Report on vaccination in the Province of Bengal - 1869-1873
Year: 1869
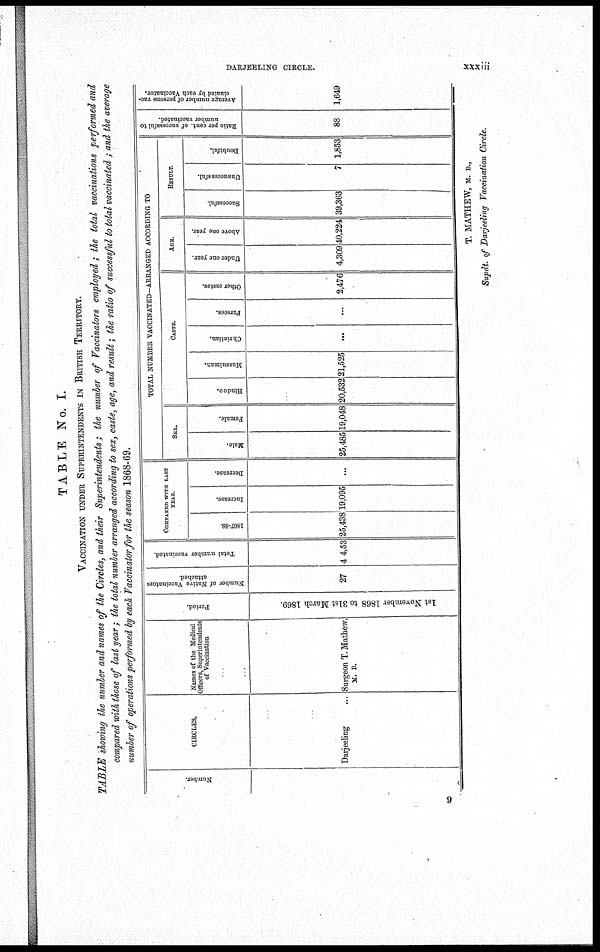
DARJEELING CIRCLE.
xxxiii
TABLE No. I.
VACCINATION UNDER SUPERINTENDENTS IN BRITISH TERRITORY.
TABLE showing the number and names of the Circles, and their Superintendents; the number of Vaccinators employed; the total vaccinations performed and
compared with those of last year ; the total number arranged according to sex, caste, age, and result; the ratio of successful to total vaccinated ; and the average
number of operations performed by each Vaccinator for the season 1868-69.
Number.
CIRCLES.
Darjeeling ...
Names of the Medical
Officers, Superintendents
of Vaccination
Surgeon T. Mathew,
M. B.
Period.
1st November 1868 to 31st March 1869.
Number of Native Vaccinators
attached.
27
Total number vaccinated.
4 4,53
COMPARED WITH LAST
YEAR.
1867-68
25,438
Increase.
19,095
Decrease.
...
TOTAL NUMBER VACCINATED—ARRANGED ACCORDING TO
SEX.
Male.
25,485
Female.
19,048
CASTE.
Hindoo.
20,532
Mussulman.
21,525
Christian.
...
Parsees.
...
Other castes.
2,476
AGE.
Under one year.
Above one year.
4,309 40,224
RESULT.
Successful.
39,363
Unsuccessful.
7
Doubtful.
1,853
Ratio per cent. of successful to
number vaccinated.
88
Average number of persons vac-
cinated by each Vaccinator.
1,649
T. MATHEW, M. B.,
Supdt. of Darjeeling Vaccination Circle.
9